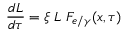
\frac { d { \cal L } } { d \tau } = \xi \; { \cal L } \; { \cal F } _ { e / \gamma } ( x , \tau )